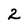
Character: 2